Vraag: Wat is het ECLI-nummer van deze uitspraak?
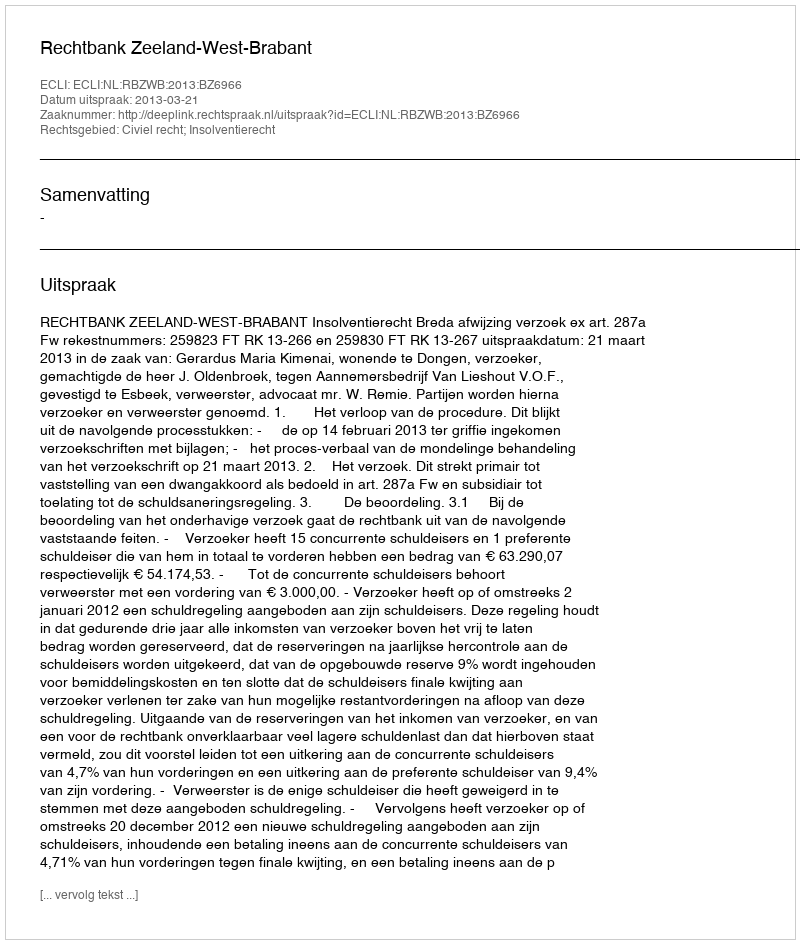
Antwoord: ECLI:NL:RBZWB:2013:BZ6966